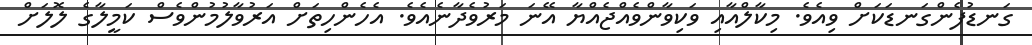
ގަނޑުފެންގަނޑަކަށް ވިއެވެ. މިކާލްއާއި ވަކިވާންވެއްޖެއްޔާ އޭނަ މަރުވެދާނެއެވެ. އެހެންހިތަށް އަރުވާލުމުންވެސް ކަމީލާގެ ލޮލަށް